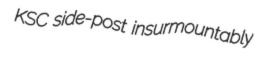
KSC side-post insurmountably